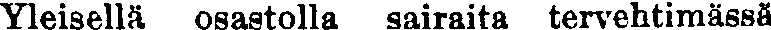
Yleisellä osastolla sairaita tervehtimässä